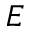
_ E